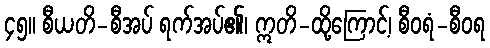
၄၅။ စီယတိ-စီအပ် ရက်အပ်၏၊ ဣတိ-ထို့ကြောင့်၊ စီဝရံ-စီဝရ